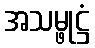
အသမ္ဖုဋ္ဌံ